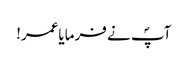
آپؐ نے فرمایاعمر!